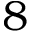
8